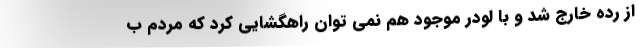
از رده خارج شد و با لودر موجود هم نمی توان راهگشایی کرد که مردم ب